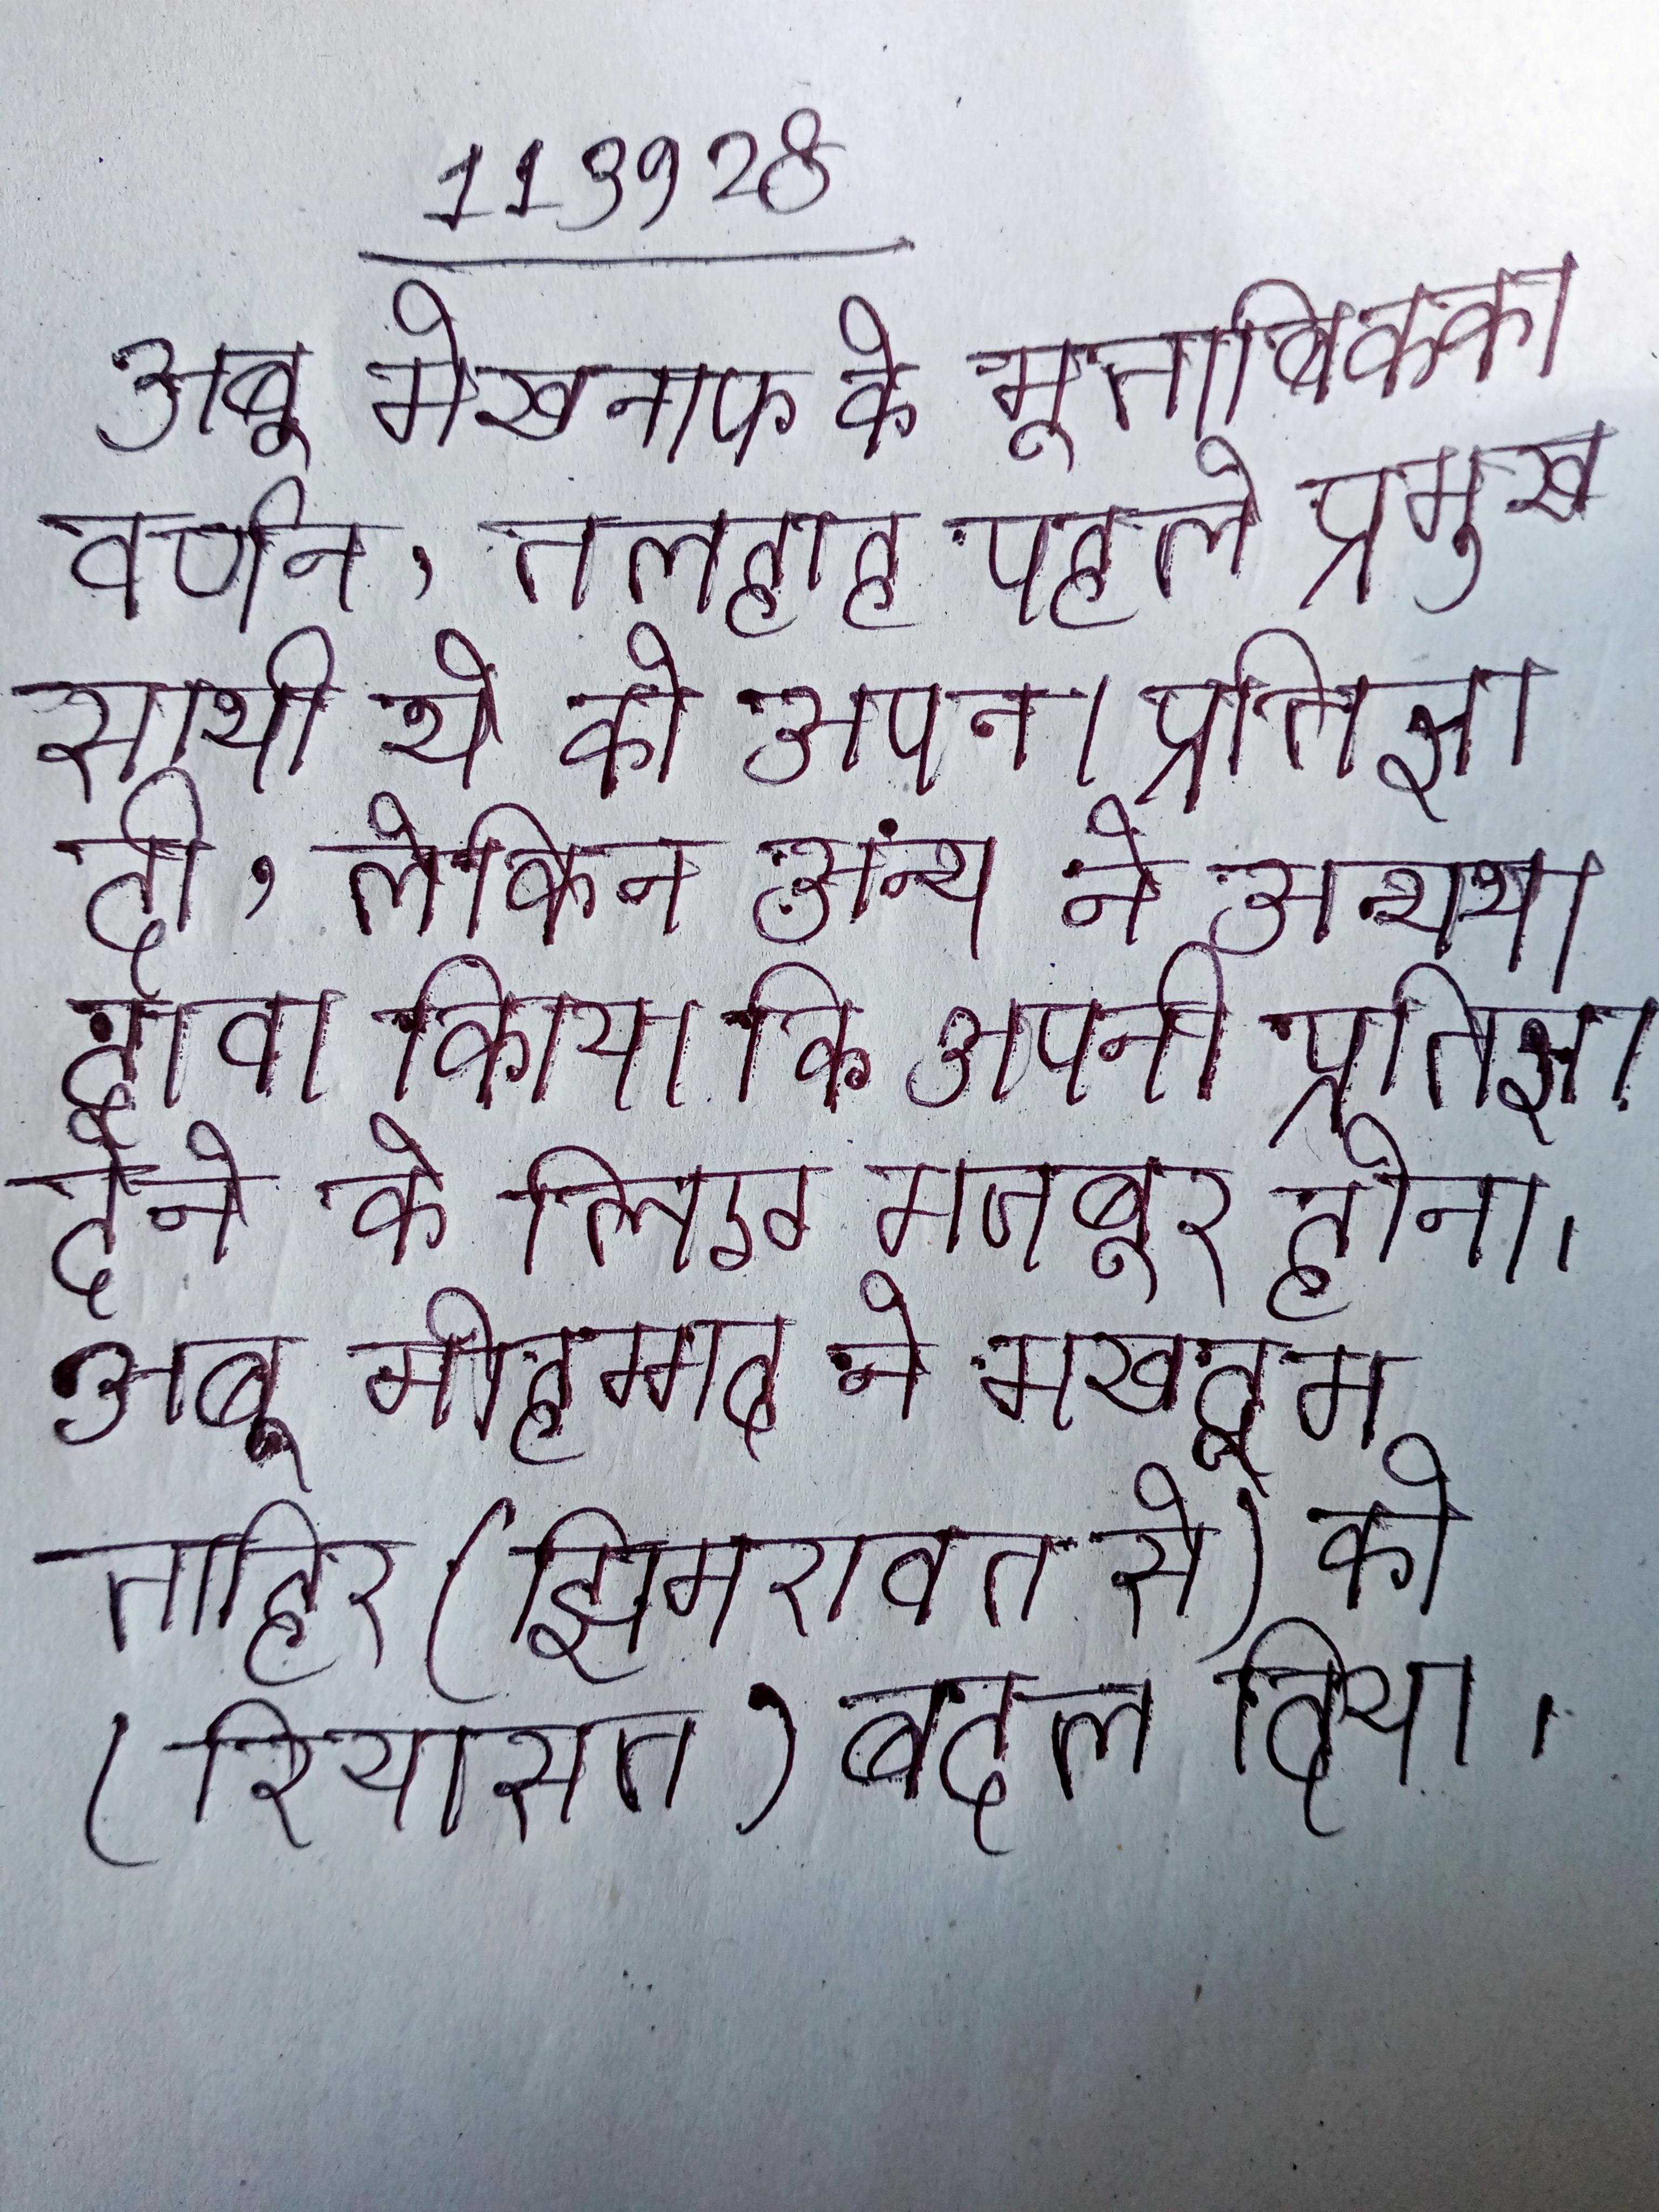
अबू मेखनाफ के मुताबिकका वर्णन, तलहाह पहले प्रमुख साथी थे को अपना प्रतिज्ञा दी, लेकिन अन्य ने अन्यथा दावा किया कि अपनी प्रतिज्ञा देने के लिए मजबूर होना । अबू मोहम्मद ने मखदूम ताहिर (झिमरावत से) को (रियासत) बदल दिया ।